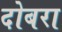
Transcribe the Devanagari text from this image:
दोबरा